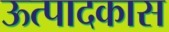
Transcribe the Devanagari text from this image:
ऊत्पादकास